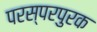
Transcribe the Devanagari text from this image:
परस्परपुरक